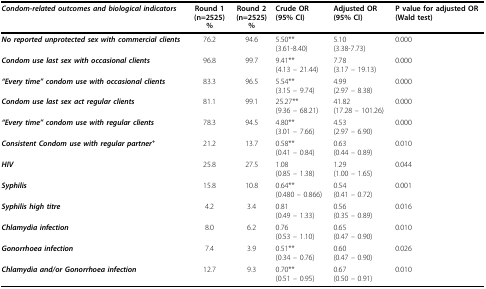
| Condom-related outcomes and biological indicators | Round 1(n=2525)% | Round 2(n=2525)% | Crude OR(95% CI) | Adjusted OR(95% CI) | P value for adjusted OR(Wald test) |
 | --- | --- | --- | --- | --- | --- |
 | No reported unprotected sex with commercial clients | 76.2 | 94.6 | 5.50**(3.61-8.40) | 5.10(3.38-7.73) | 0.000 |
 | Condom use last sex with occasional clients | 96.8 | 99.7 | 9.41**(4.13 – 21.44) | 7.78(3.17 – 19.13) | 0.000 |
 | “Every time” condom use with occasional clients | 83.3 | 96.5 | 5.54**(3.15 – 9.74) | 4.99(2.97 – 8.38) | 0.000 |
 | Condom use last sex act regular clients | 81.1 | 99.1 | 25.27**(9.36 – 68.21) | 41.82(17.28 – 101.26) | 0.000 |
 | “Every time” condom use with regular clients | 78.3 | 94.5 | 4.80**(3.01 – 7.66) | 4.53(2.97 – 6.90) | 0.000 |
 | Consistent Condom use with regular partner+ | 21.2 | 13.7 | 0.58**(0.41 – 0.84) | 0.63(0.44 – 0.89) | 0.010 |
 | HIV | 25.8 | 27.5 | 1.08(0.85 – 1.38) | 1.29(1.00 – 1.65) | 0.044 |
 | Syphilis | 15.8 | 10.8 | 0.64**(0.480 – 0.866) | 0.54(0.41 – 0.72) | 0.001 |
 | Syphilis high titre | 4.2 | 3.4 | 0.81(0.49 – 1.33) | 0.56(0.35 – 0.89) | 0.016 |
 | Chlamydia infection | 8.0 | 6.2 | 0.76(0.53 – 1.10) | 0.65(0.47 – 0.90) | 0.010 |
 | Gonorrhoea infection | 7.4 | 3.9 | 0.51**(0.34 – 0.76) | 0.60(0.47 – 0.90) | 0.026 |
 | Chlamydia and/or Gonorrhoea infection | 12.7 | 9.3 | 0.70**(0.51 – 0.95) | 0.67(0.50 – 0.91) | 0.010 |